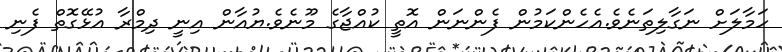
ހަމާލަށް ނަގާލިތަނެވެ.އެހެންކަމުން ފެންނަން އޮތީ ކުއްޖާގެ މޫނެވެ.ޔުއާން އިނީ ދިމްރާ އުޅޭގޮތް ފެނި